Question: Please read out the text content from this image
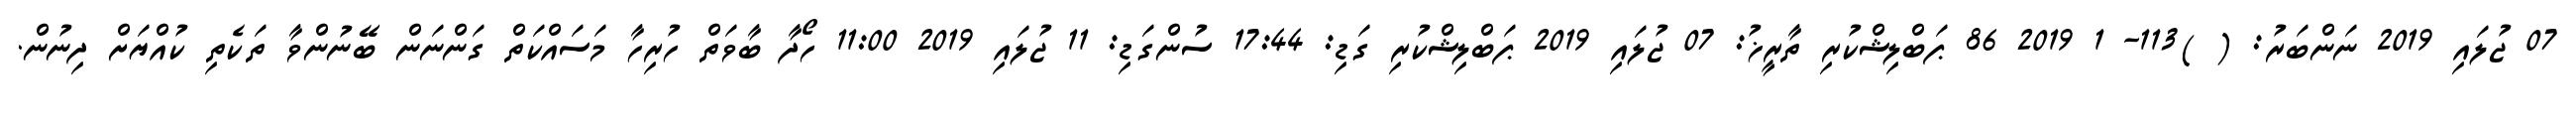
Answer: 07 ޖުލައި 2019 ނަންބަރު: ( )113- 1 2019 86 ޕަބްލިޝްކުރި ތާރީޚު: 07 ޖުލައި 2019 ޕަބްލިޝްކުރި ގަޑި: 17:44 ސުންގަޑި: 11 ޖުލައި 2019 11:00 ހޯދާ ބާވަތް ހުރިހާ މަސައްކަތް ގަންނަން ބޭނުންވާ ތަކެތި ކުއްޔަށް ދިނުން.